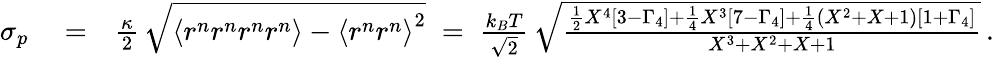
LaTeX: \begin{array}{rlr}{\sigma_{p}}&{{}=}&{\frac{\kappa}{2}\, \sqrt{\left\langle r^{n}r^{n}r^{n}r^{n}\right\rangle-\left\langle r^{n}r^{n}\right\rangle^{2}}\; =\; \frac{k_{B}T}{\sqrt{2}}\, \sqrt{\frac{\frac{1}{2}X^{4}\left[3-\Gamma_{4}\right]+\frac{1}{4}X^{3}\left[7-\Gamma_{4}\right]+\frac{1}{4}(X^{2}+X+1)\left[1+\Gamma_{4}\right]}{X^{3}+X^{2}+X+1}}\, .}\end{array}